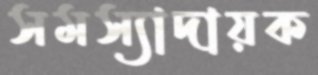
সমস্যাদায়ক